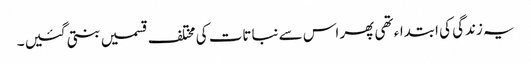
یہ زندگی کی ابتداء تھی پھر اس سے نباتات کی مختلف قسمیں بنتی گئیں ۔